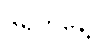
၆ရက်နေ့